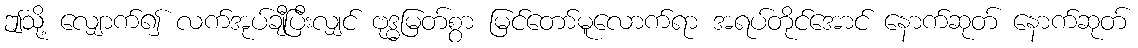
ဤသို့ လျှောက်၍ လက်အုပ်ချီပြီးလျှင် ဗုဒ္ဓမြတ်စွာ မြင်တော်မူလောက်ရာ အရပ်တိုင်အောင် နောက်ဆုတ် နောက်ဆုတ်